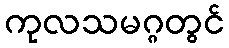
ကုလသမဂ္ဂတွင်